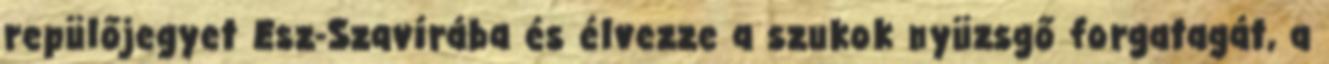
repülőjegyet Esz-Szavírába és élvezze a szukok nyüzsgő forgatagát, a